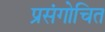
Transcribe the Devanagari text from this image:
प्रसंगोचित